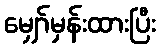
မျှော်မှန်းထားပြီး